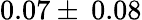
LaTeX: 0.07\pm\: 0.08